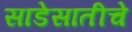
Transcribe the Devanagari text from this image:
साडेसातीचे